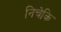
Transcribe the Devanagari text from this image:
निचेकि